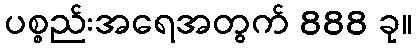
ပစ္စည်းအရေအတွက် 888 ခု။